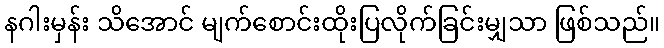
နဂါးမှန်း သိအောင် မျက်စောင်းထိုးပြလိုက်ခြင်းမျှသာ ဖြစ်သည်။